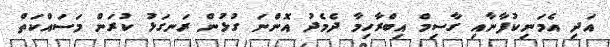
އަދި އެމަނިކުފާނާއި ގާސިމް އިބްރާހިމާ ދެމެދު އޮންނަ ގުޅުން ރަނގަޅު ކުރަން މަސައްކަތް